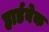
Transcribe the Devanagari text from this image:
हार्डबेक